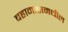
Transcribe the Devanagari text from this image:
बहामासमधील